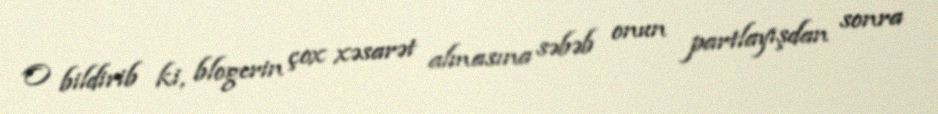
O bildirib ki, blogerin çox xəsarət almasına səbəb onun partlayışdan sonra